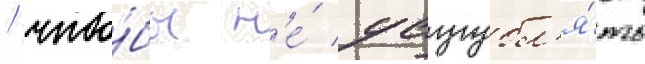
/ что́бы н'е́ усугубл'я́ть